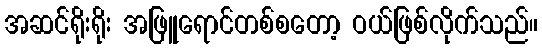
အဆင်ရိုးရိုး အဖြူရောင်တစ်စတော့ ဝယ်ဖြစ်လိုက်သည်။